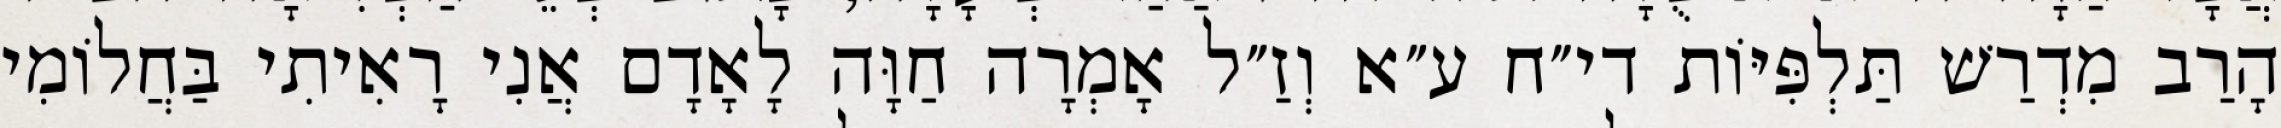
הָרַב מִדְרַשׁ תַּלְפִּיּוֹת די״ח ע״א וְזַ״ל אָמְרָה חַוָּה לָאָדָם אֲנִי רָאִיתִי בַּחֲלוֹמִי